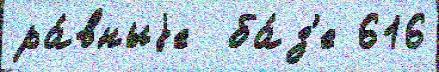
ра́вныjе  ба́з'е 616